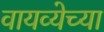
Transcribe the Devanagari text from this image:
वायव्येच्या